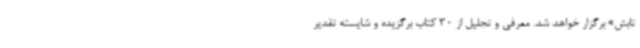
تابش» برگزار خواهد شد. معرفی و تجلیل از 30 کتاب برگزیده و شایسته تقدیر